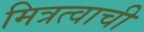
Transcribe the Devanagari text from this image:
मित्रत्वाची